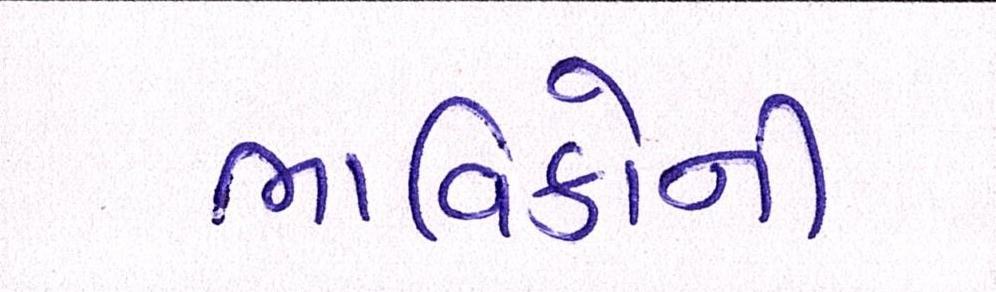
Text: ભાવિકોની